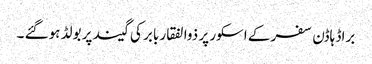
براڈ ہاڈن سفر کے اسکور پر ذوالفقار بابر کی گیند پر بولڈ ہوگئے ۔